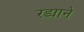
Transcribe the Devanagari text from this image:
रड्याने